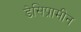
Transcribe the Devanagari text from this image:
डेसिप्रामीन